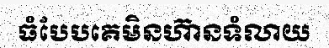
ធំបែបគេមិនហ៊ានទំលាយ